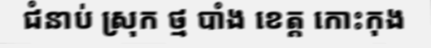
ជំនាប់ ស្រុក ថ្ម បាំង ខេត្ត កោះកុង